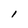
Character: l